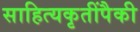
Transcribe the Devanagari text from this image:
साहित्यकृतींपैकी